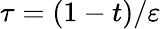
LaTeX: \tau=(1-t)/\varepsilon